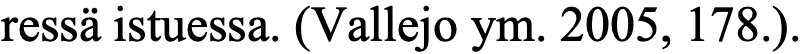
ressä istuessa. (Vallejo ym. 2005, 178.).